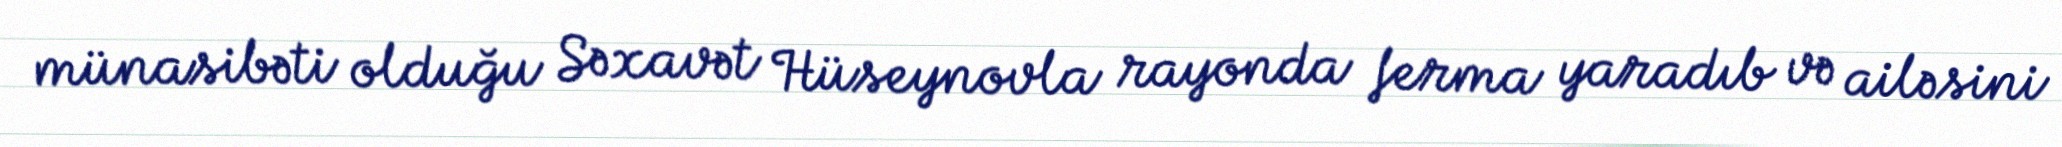
münasibəti olduğu Səxavət Hüseynovla rayonda ferma yaradıb və ailəsini